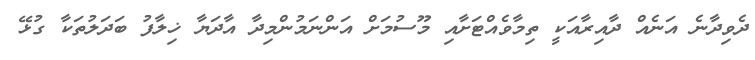
ދެވިދާނެ އަނެއް ދާއިރާއަކީ ތިމާވެއްޓަށާއި މޫސުމަށް އަންނަމުންމިދާ އާދަޔާ ޚިލާފު ބަދަލުތަކާ ގުޅޭ